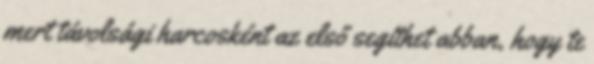
mert távolsági harcosként az első segíthet abban, hogy te